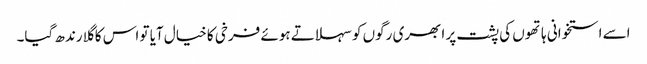
اسے استخوانی ہاتھوں کی پشت پر ابھری رگوں کو سہلاتے ہوئے فرخی کا خیال آیا تو اس کا گلا رندھ گیا۔